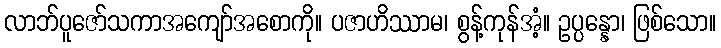
လာဘ်ပူဇော်သကာအကျော်အစောကို။ ပဇာဟိဿာမ၊ စွန့်ကုန်အံ့။ ဥပ္ပန္နော၊ ဖြစ်သော။